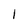
Character: 1